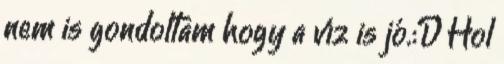
nem is gondoltam hogy a víz is jó.:D Hol